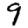
Digit: 9